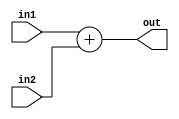
`timescale 1ns / 1ps
module add(
    input [15:0]in1,in2,
    output reg [15:0] out
    );
    always@(*)
    begin
    out=in1+in2;
    
    end
endmodule